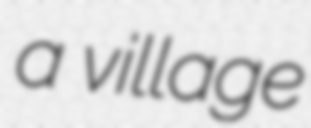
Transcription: a village